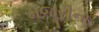
મજૂરીના